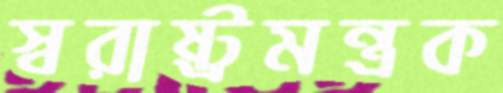
স্বরাষ্ট্রমন্ত্রক